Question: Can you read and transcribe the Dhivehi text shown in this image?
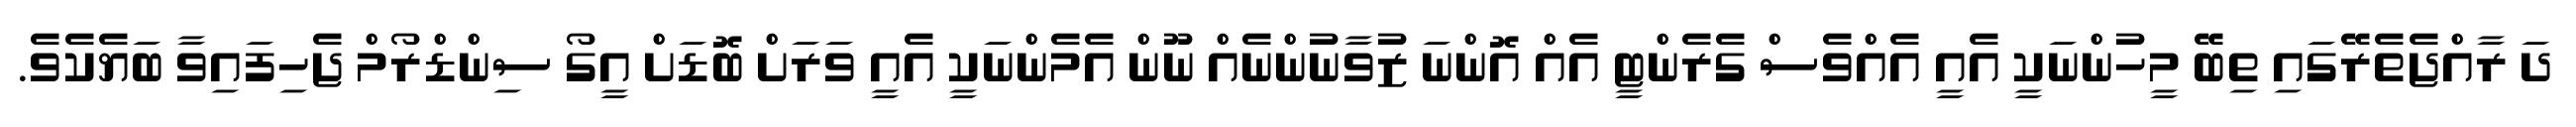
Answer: ދަ ރާއްޖެތެރޭގައި ތިބޭ މީހުންނަކީ އެއީ އެއްވެސް ގެރެންޓީ އެއް އޮންނަ ޒުވާނުންނެއް ނޫން އެމެންނަކީ އެއީ ވަރަށް ބޮޑަށް އީގޯ ސިންޑްރޯމް ޖެހިފައިވާ ބަޔެކެވެ.